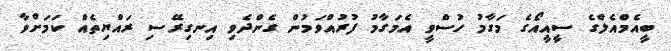
ބީއެމްއެލްގެ ސީއީއޯގެ މަގާމު ހުސްވީ އެމަގާމު ފުރުއްވަމުން ގެންދެވި އިނގިރޭސި ރައްޔިތެއް ކަމަށްވާ